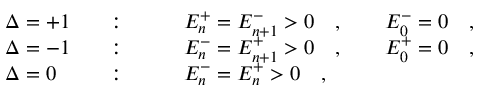
\begin{array} { l l l } { { \Delta = + 1 \quad } } & { { : \qquad } } & { { E _ { n } ^ { + } = E _ { n + 1 } ^ { - } > 0 \quad , \qquad E _ { 0 } ^ { - } = 0 \quad , } } \\ { { \Delta = - 1 \quad } } & { { : \qquad } } & { { E _ { n } ^ { - } = E _ { n + 1 } ^ { + } > 0 \quad , \qquad E _ { 0 } ^ { + } = 0 \quad , } } \\ { { \Delta = 0 \quad } } & { { : \qquad } } & { { E _ { n } ^ { - } = E _ { n } ^ { + } > 0 \quad , } } \end{array}